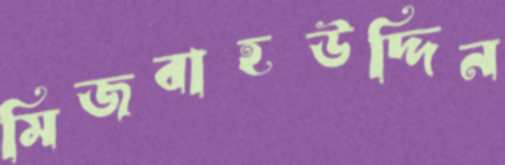
মিজবাহউদ্দিন